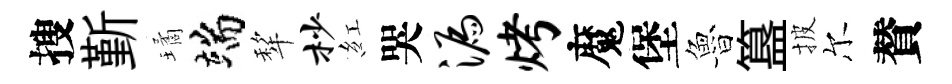
搜斳璚端犂杪紅哭漏烤魔堡魯簋披尔賛